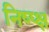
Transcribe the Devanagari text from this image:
निष्प्क्ष